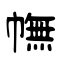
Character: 幠